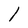
Character: l